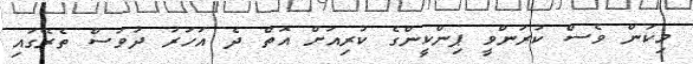
މިކަން ވެސް ކުރަންވީ ޕިންކީންގެ ކުރިއަށް އޮތް ދެ އަހަރު ދުވަސް ތެރޭގައި